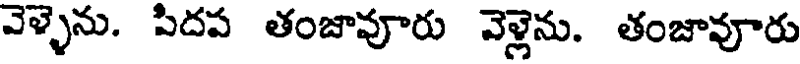
వెళ్ళెను. పిదప తంజావూరు వెళ్లెను. తంజావూరు